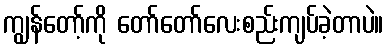
ကျွန်တော့်ကို တော်တော်လေးစည်းကျပ်ခဲ့တာပဲ။